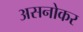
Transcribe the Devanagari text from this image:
असनोकर